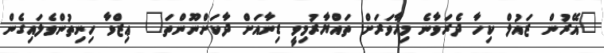
"އޭރުން ޒައުލް ކިހާ ދެރަވާނެ މިހާވަރަށް ތައްޔާރުމިވީ ޑިނާއަށް ދާކަށްނޫންތަ" ޢިޒްވާ ހިނިތުންވެލައިގެން